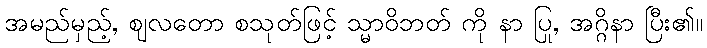
အမည်မှည့်, ဈလတော စသုတ်ဖြင့် သ္မာဝိဘတ် ကို နာ ပြု, အဂ္ဂိနာ ပြီး၏။